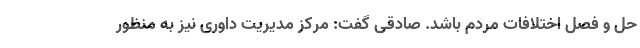
حل و فصل اختلافات مردم باشد. صادقی گفت: مرکز مدیریت داوری نیز به منظور